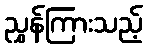
ညွှန်ကြားသည့်